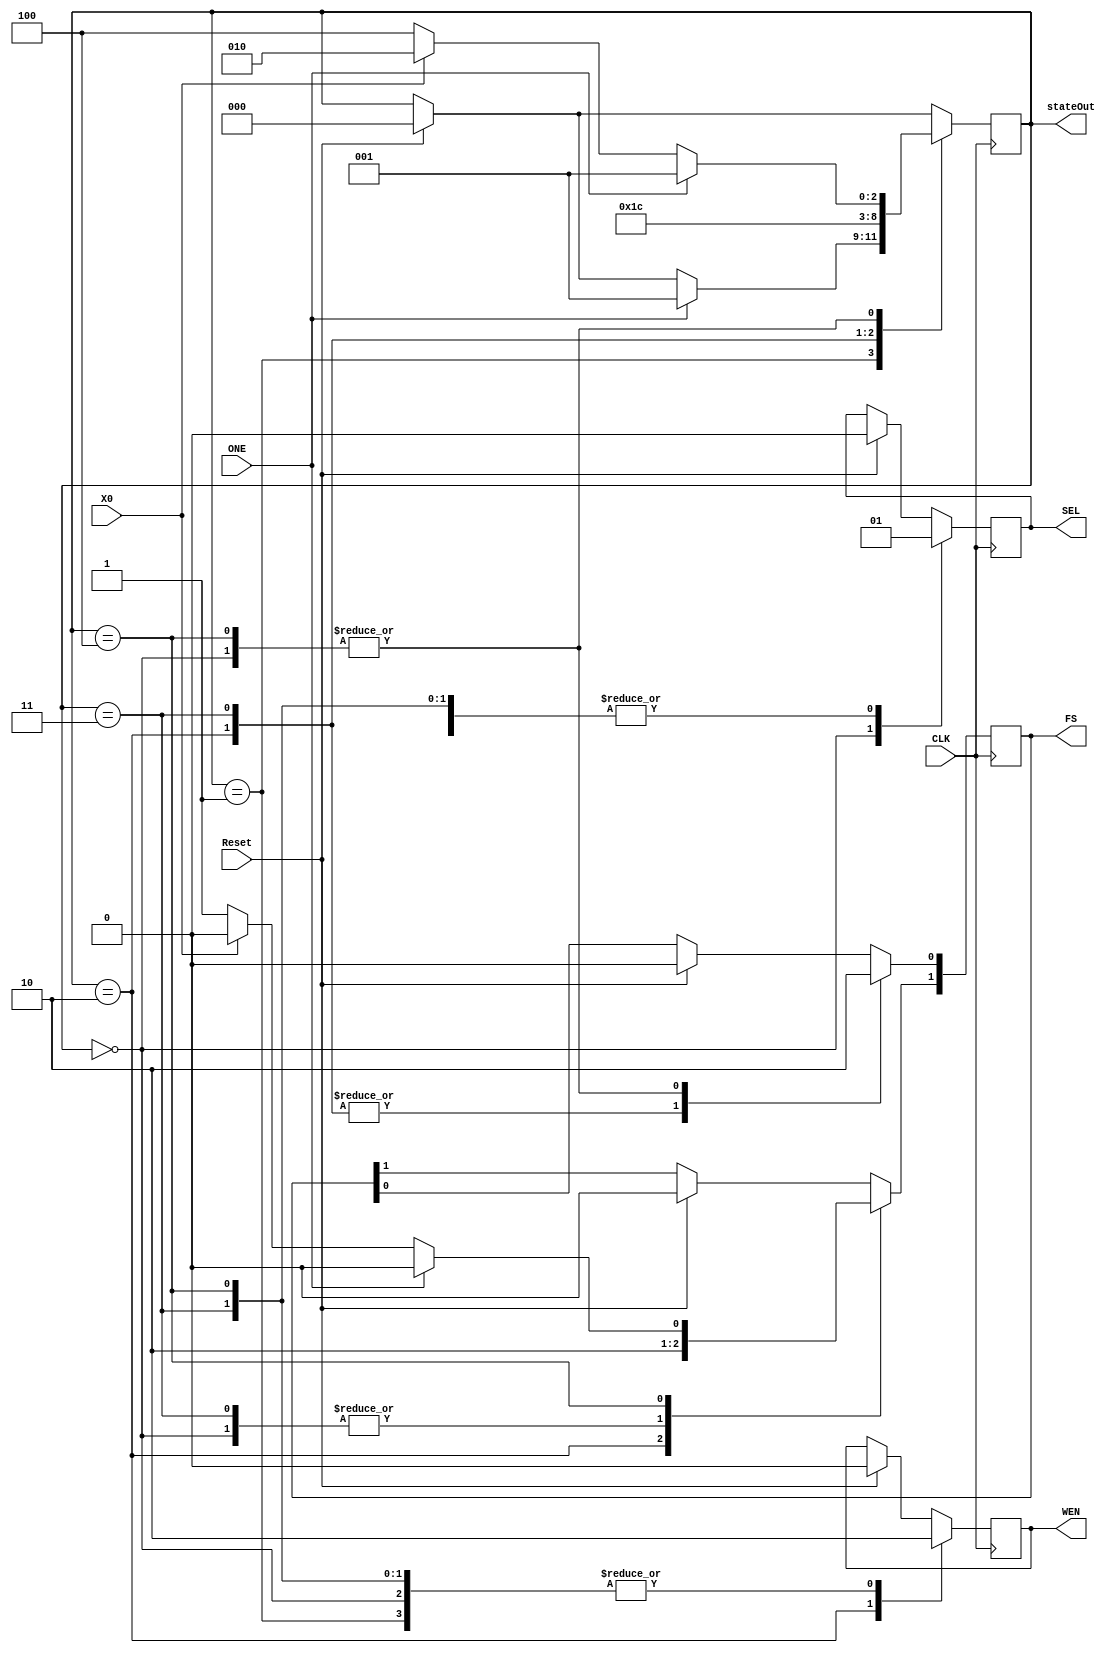
// FILE MEMEController420.v
// state machine controller

module MEMEController420(input Reset, input ONE, input X0, input CLK, output reg WEN, output reg SEL, output reg [1:0] FS, output [2:0] stateOut);
	
	parameter[2:0] s0=3'b000,	//Set states
						s1=3'b001,
						s2=3'b010,
						s3=3'b011,
						s4=3'b100;
						
	reg [2:0] state=s0;
	assign stateOut=state;
	
	always @(posedge CLK/* or posedge Reset*/) begin
	
	if(Reset==1) begin
		SEL<=0;
		WEN<=0;
		state<=s0;
		FS[0]<=0;
		FS[1]<=0;
	end
	
		case (state)
			s0: begin
				if(ONE==1) begin
					state<=s1;
					end
				else if(X0==1) begin
					state<=s2;
				end
				else if(X0==0) begin
					state<=s4;
				end
				FS[0]<=0;	//Set output
				FS[1]<=0;
				SEL<=0;
				WEN<=0;
			end
/////////////////////////////////////////////////////			
			s1: begin
				if(ONE==1) begin
					state<=s1;
				end
				SEL<=1;
				WEN<=0;
				//FS[0]<=1;
				//FS[1]<=1;
			end
/////////////////////////////////////////////////////			
			s2: begin
				FS[0]<=1;	//set output
				FS[1]<=1;
				state<=s3;
				SEL<=1;
				WEN<=1;
			end
////////////////////////////////////////////////////			
			s3: begin
				FS[0]<=1;
				FS[1]<=0;
				state<=s4;
				SEL<=1;
				WEN<=0;
			end
/////////////////////////////////////////////////////			
			s4: begin
				if(ONE==1) begin
					state<=s1;
					FS[0]<=0;	//Set output
					FS[1]<=0;
				end
				else if(X0==0) begin
					state<=s4;
					FS[0]<=0;
					FS[1]<=1;
				end
				else if(X0==1) begin
					state<=s2;
					FS[0]<=0;	//Set output
					FS[1]<=0;
				end
				SEL<=1;
				WEN<=0;
			end
			
		endcase
//////////////////////////////////////////////////////

end
endmodule